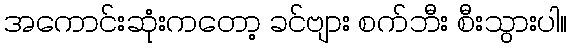
အကောင်းဆုံးကတော့ ခင်ဗျား စက်ဘီး စီးသွားပါ။